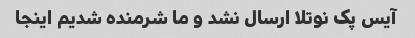
آیس پک نوتلا ارسال نشد و ما شرمنده شدیم اینجا